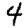
Digit: 4